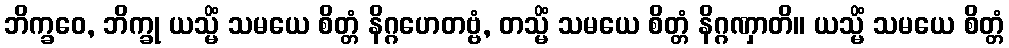
ဘိက္ခဝေ, ဘိက္ခု ယသ္မိံ သမယေ စိတ္တံ နိဂ္ဂဟေတဗ္ဗံ, တသ္မိံ သမယေ စိတ္တံ နိဂ္ဂဏှာတိ။ ယသ္မိံ သမယေ စိတ္တံ